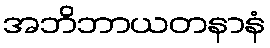
အဘိဘာယတနာနံ